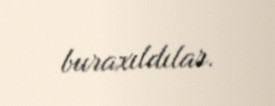
buraxıldılar.